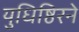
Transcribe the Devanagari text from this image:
युधिष्ठिरने